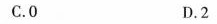
C. 0 D. 2